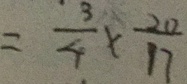
= \frac { 3 } { 4 } \times \frac { 2 0 } { 1 7 }